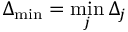
\Delta _ { \operatorname* { m i n } } = \operatorname* { m i n } _ { j } \Delta _ { j }